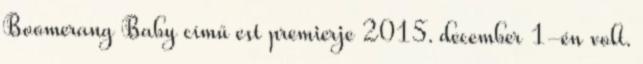
Boomerang Baby című est premierje 2015. december 1-én volt.